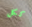
ككل